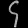
Digit: ၄